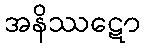
အနိဿဋော